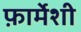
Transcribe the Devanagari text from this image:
फ़ार्मेशी